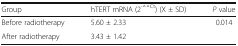
| Group | hTERT mRNA (2-△△Ct) (X ± SD) | P value |
 | --- | --- | --- |
 | Before radiotherapy | 5.60 ± 2.33 | <ROWSPAN=2> 0.014 |
 | After radiotherapy | 3.43 ± 1.42 |